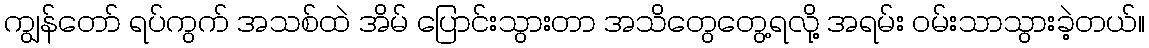
ကျွန်တော် ရပ်ကွက် အသစ်ထဲ အိမ် ပြောင်းသွားတာ အသိတွေတွေ့ရလို့ အရမ်း ဝမ်းသာသွားခဲ့တယ်။